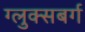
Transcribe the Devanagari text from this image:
ग्लुक्सबर्ग